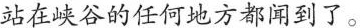
站在峡谷的任何驰方都闻到了。